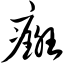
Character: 癍